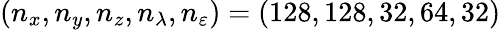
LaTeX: (n_{x},n_{y},n_{z},n_{\lambda},n_{\varepsilon})=(128,128,32,64,32)